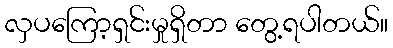
လှပကြော့ရှင်းမှုရှိတာ တွေ့ရပါတယ်။